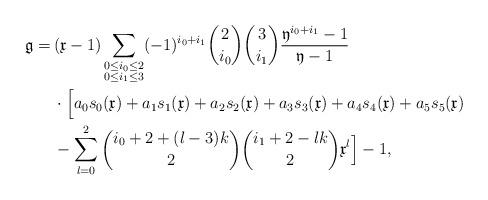
LaTeX: \begin{align*}\frak g=\,&(\frak x-1)\sum_{\substack{0\le i_0\le 2\cr 0\le i_1\le 3}}(-1)^{i_0+i_1}\binom 2{i_0}\binom 3{i_1}\frac{\frak y^{i_0+i_1}-1}{\frak y-1}\cr&\cdot\Bigl[a_0s_0(\frak x)+a_1s_1(\frak x)+a_2s_2(\frak x)+a_3s_3(\frak x)+a_4s_4(\frak x)+a_5s_5(\frak x)\cr&-\sum_{l=0}^2\binom{i_0+2+(l-3)k}2\binom{i_1+2-lk}2\frak x^l\Bigr]-1,\end{align*}